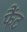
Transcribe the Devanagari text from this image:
फैंट